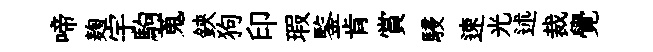
啼麹宇駒蒐鋏狗印瑕鍳肯賞駸速光述裁覺